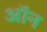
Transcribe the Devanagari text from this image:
अॉन